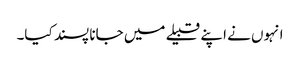
انہوں نے اپنے قبیلے میں جانا پسند کیا۔